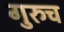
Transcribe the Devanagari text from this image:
गुरुच